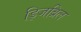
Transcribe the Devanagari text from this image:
ड्जिब्रिल